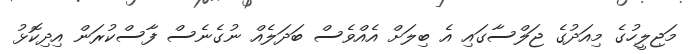
މަޖިލީހުގެ މިއަދުގެ ޖަލްސާގައި އެ ބިލަށް އެއްވެސް ބަދަލެއް ނުގެނެސް ފާސްކުރަން އިދިކޮޅު